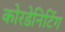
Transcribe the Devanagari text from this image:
कोरडेनिटिंग